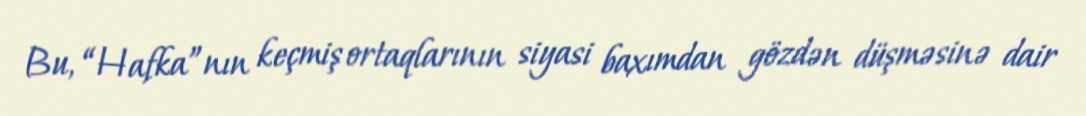
Bu, “Hafka”nın keçmiş ortaqlarının siyasi baxımdan gözdən düşməsinə dair